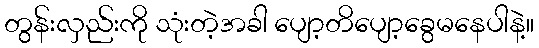
တွန်းလှည်းကို သုံးတဲ့အခါ ပျော့တိပျော့ခွေမနေပါနဲ့။